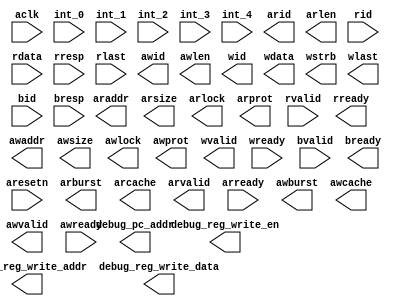
module OOPA(
  input           aclk,
  input           aresetn,

  input           int_0,
  input           int_1,
  input           int_2,
  input           int_3,
  input           int_4,

  output  [3:0]   arid,
  output  [31:0]  araddr,
  output  [7:0]   arlen,
  output  [2:0]   arsize,
  output  [1:0]   arburst,
  output  [1:0]   arlock,
  output  [3:0]   arcache,
  output  [2:0]   arprot,
  output          arvalid,
  input           arready,

  input   [3:0]   rid,
  input   [31:0]  rdata,
  input   [1:0]   rresp,
  input           rlast,
  input           rvalid,
  output          rready,

  output  [3:0]   awid,
  output  [31:0]  awaddr,
  output  [7:0]   awlen,
  output  [2:0]   awsize,
  output  [1:0]   awburst,
  output  [1:0]   awlock,
  output  [3:0]   awcache,
  output  [2:0]   awprot,
  output          awvalid,
  input           awready,

  output  [3:0]   wid,
  output  [31:0]  wdata,
  output  [3:0]   wstrb,
  output          wlast,
  output          wvalid,
  input           wready,

  input   [3:0]   bid,
  input   [1:0]   bresp,
  input           bvalid,
  output          bready,

  output  [31:0]  debug_pc_addr,
  output  [3:0]   debug_reg_write_en,
  output  [4:0]   debug_reg_write_addr,
  output  [31:0]  debug_reg_write_data
);

  always @(posedge clk) begin
    if (!rst) begin
      //
    end
    else begin
      //
    end
  end

endmodule